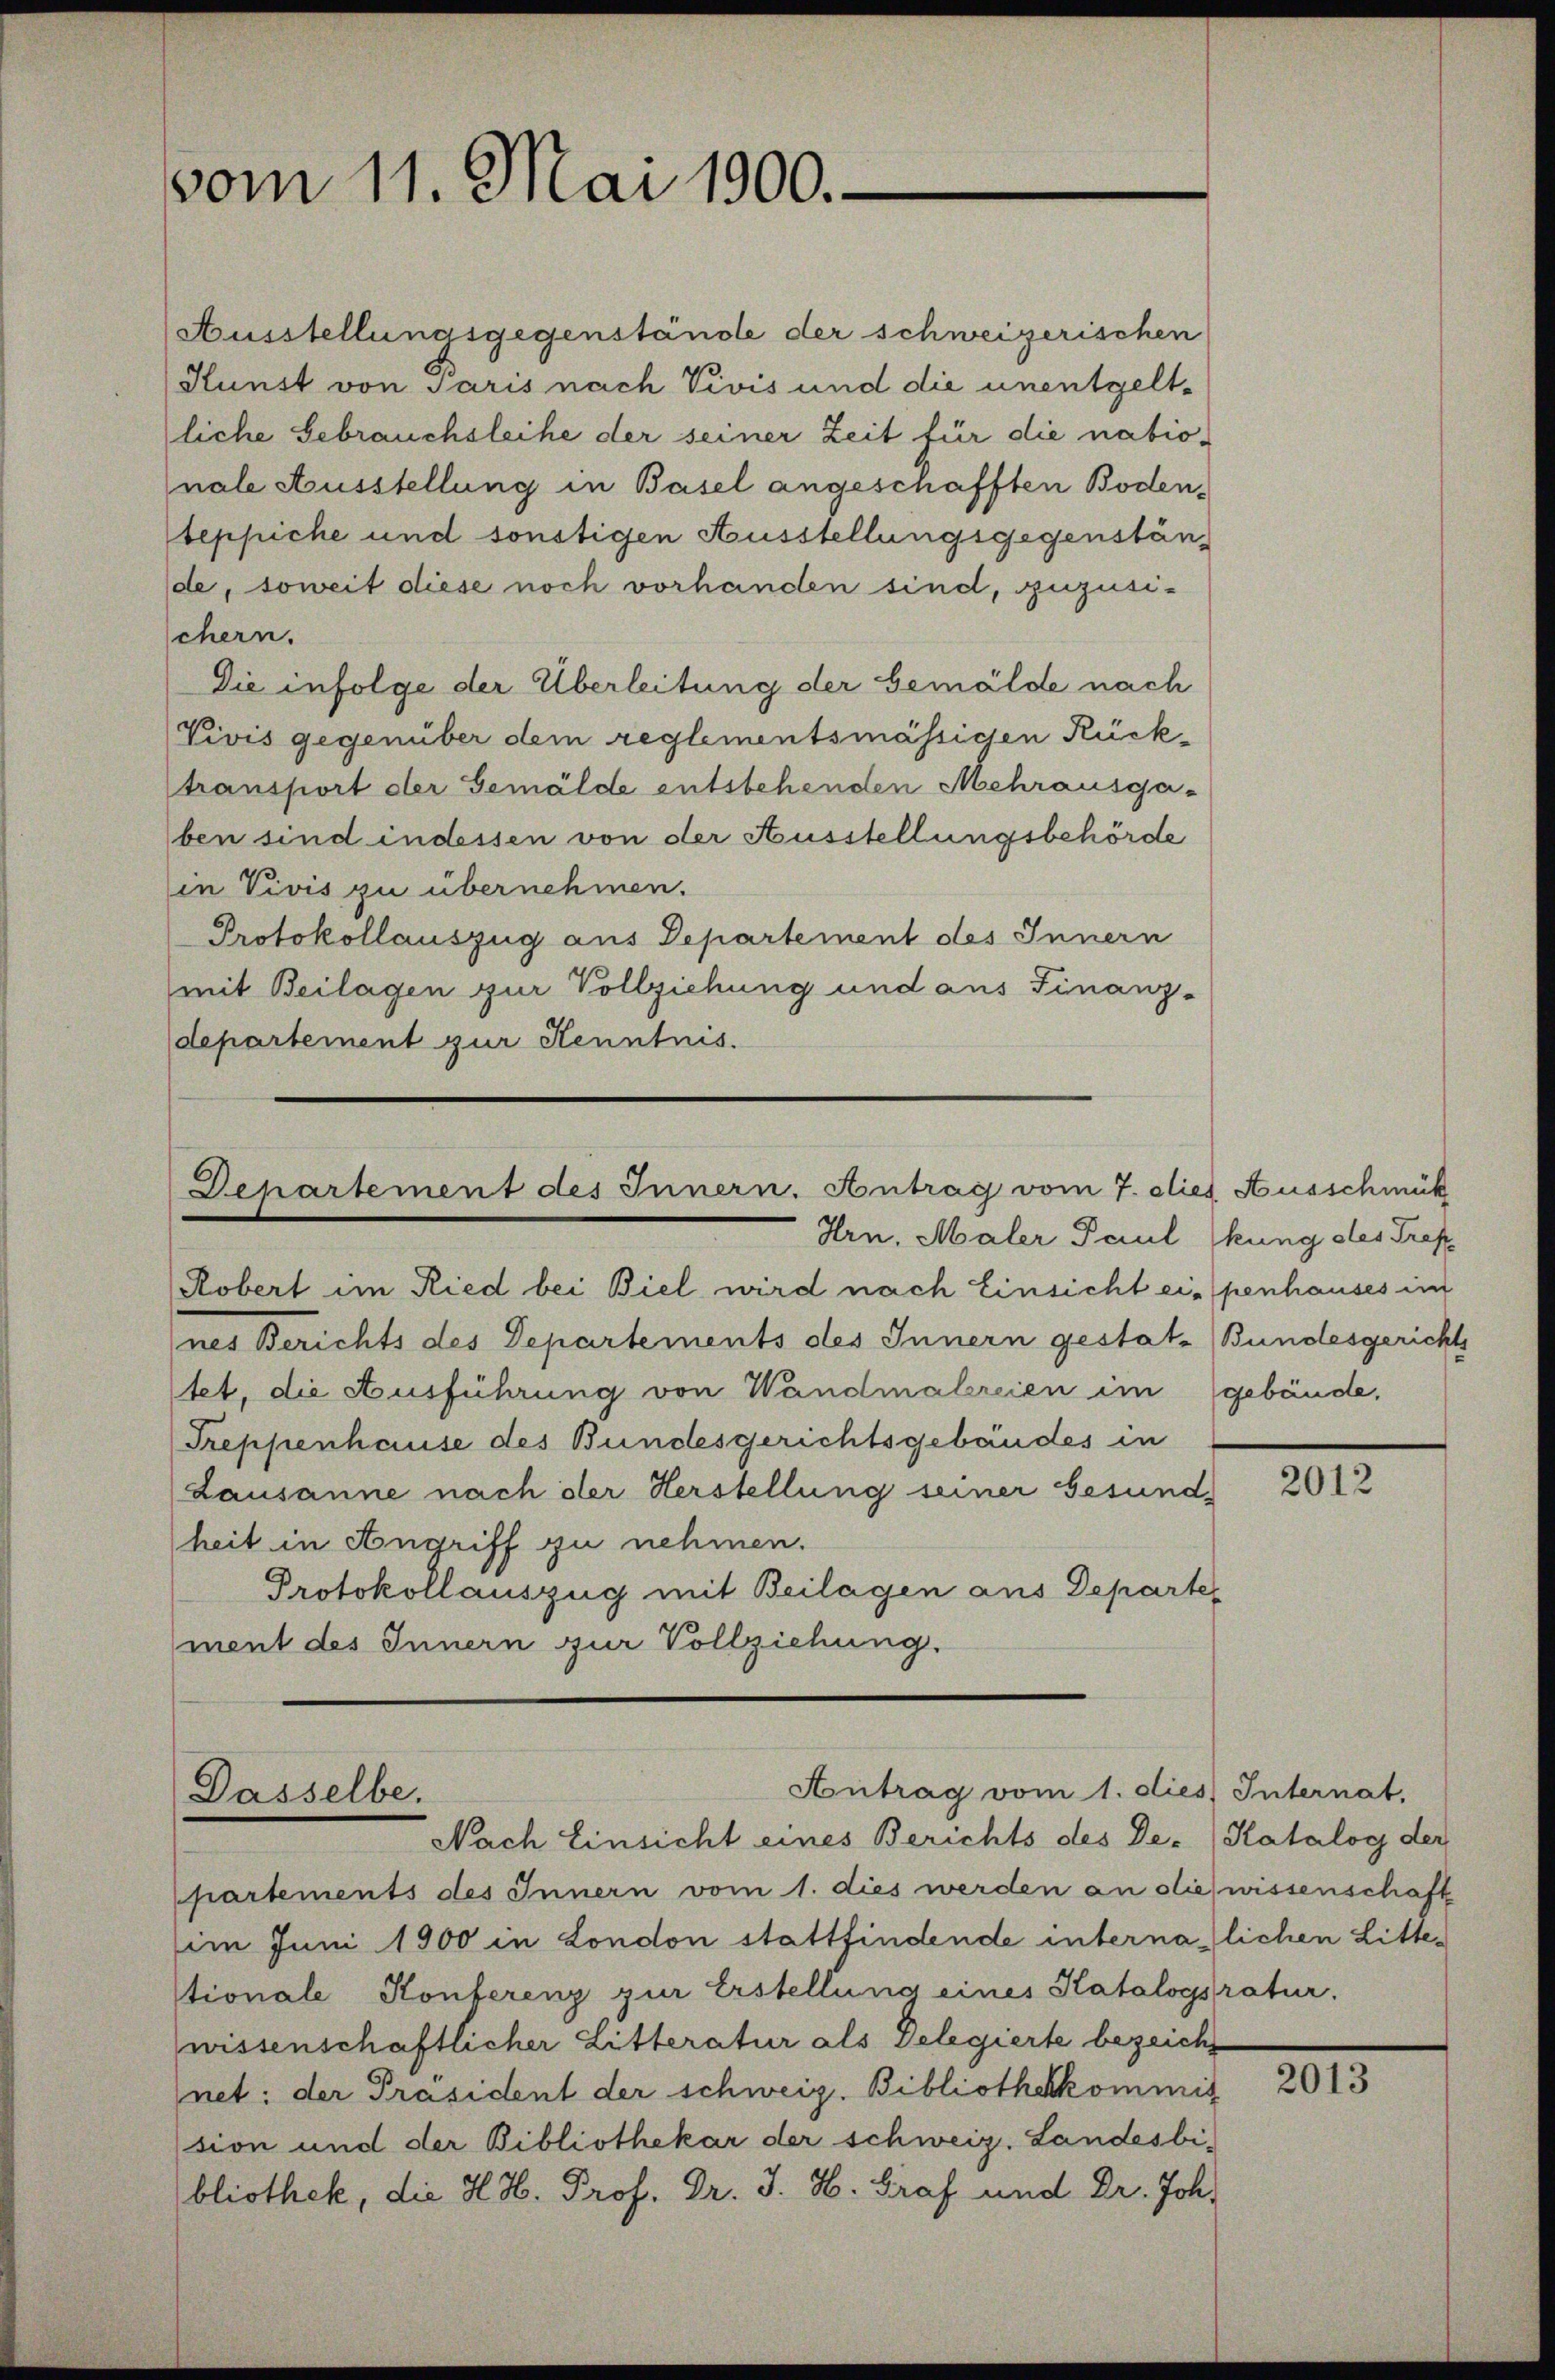
vom 11. Mai 1900.-

Ausstellungsgegenstände der schweizerischen
Kunst von Paris nach Vivis und die unentgeltliche Gebrauchsleihe der seiner Zeit für die nationale Ausstellung in Basel angeschafften Boden,
teppiche und sonstigen Ausstellungsgegenstände, soweit diese noch vorhanden sind, zuzusischern.
Die infolge der Überleitung der Gemälde nach
Vivis gegenüber dem reglementsmässigen Rücktransport der Gemälde entstehenden Mehrausgaben sind indessen von der Ausstellungsbehörde
in Vivis zu übernehmen.
Protokollauszug aus Departement des Innern
mit Beilagen zur Vollziehung und aus Finanz-
departement zur Kenntnis.

Departement des Innern. Antrag vom 7. dies Ausschmück
Hrn. Maler Paul (kung des Tref

Robert im Ried bei Biel wird nach Einsicht ei penhauses im
nes Berichts des Departements des Innern gestat- Bundesgerichts
tet, die Ausführung von Wandmalreien im gebäude,
Treppenhause des Bundesgerichtsgebäudes in
Lausanne nach der Herstellung seiner Gesund
heit in Angriff zu nehmen.
Protokollauszug mit Beilagen aus Departement des Innern zur Vollziehung.

Antrag vom 1. dies Internat.
Dasselbe.
Nach Einsicht eines Berichts des De-Katalog der

partements des Innern vom 1. dies werden an die wissenschaft
im Juni 1900 in London stattfindende internalichen Littestionale Konferenz zur Erstellung eines Katalogsratur.
wissenschaftlicher Litteratur als Delegierte bezeicht
net: der Präsident der schweiz. Bibliothekkommis
sion und der Bibliothekar der schweiz. Landesbi
bliothek, die H. H. Prof. Dr. J. H. Graf und Dr. Joh.

2012

2013